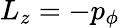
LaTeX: L_{z}=-p_{\phi}